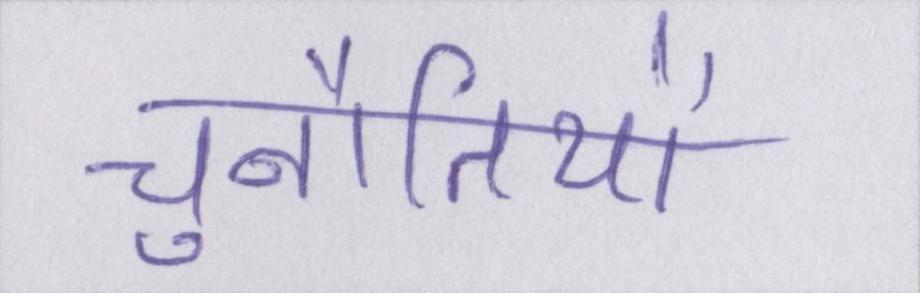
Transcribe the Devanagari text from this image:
चुनौतियों